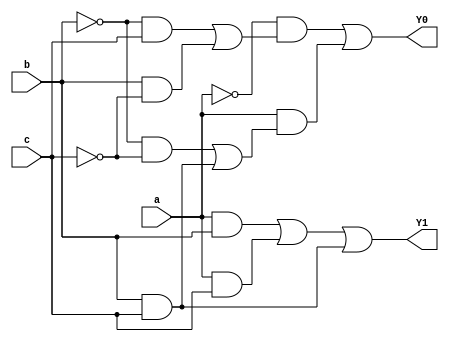
module assigny0y1(input a,b,c, output Y0, Y1);
assign # 20.5 Y0 = ~a & (~b & c | b & ~c) | a & (~b & ~c | b & c);
assign # 14.5 Y1 = a & b | a & c | b & c;
endmodule